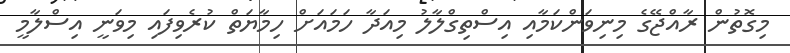
މިގޮތުން ރާއްޖޭގެ މިނިވަންކަމާއި އިސްތިގްލާލު މިއަދާ ހަމައަށް ހިމާޔަތް ކުރެވިފައި މިވަނީ އިސްލާމީ